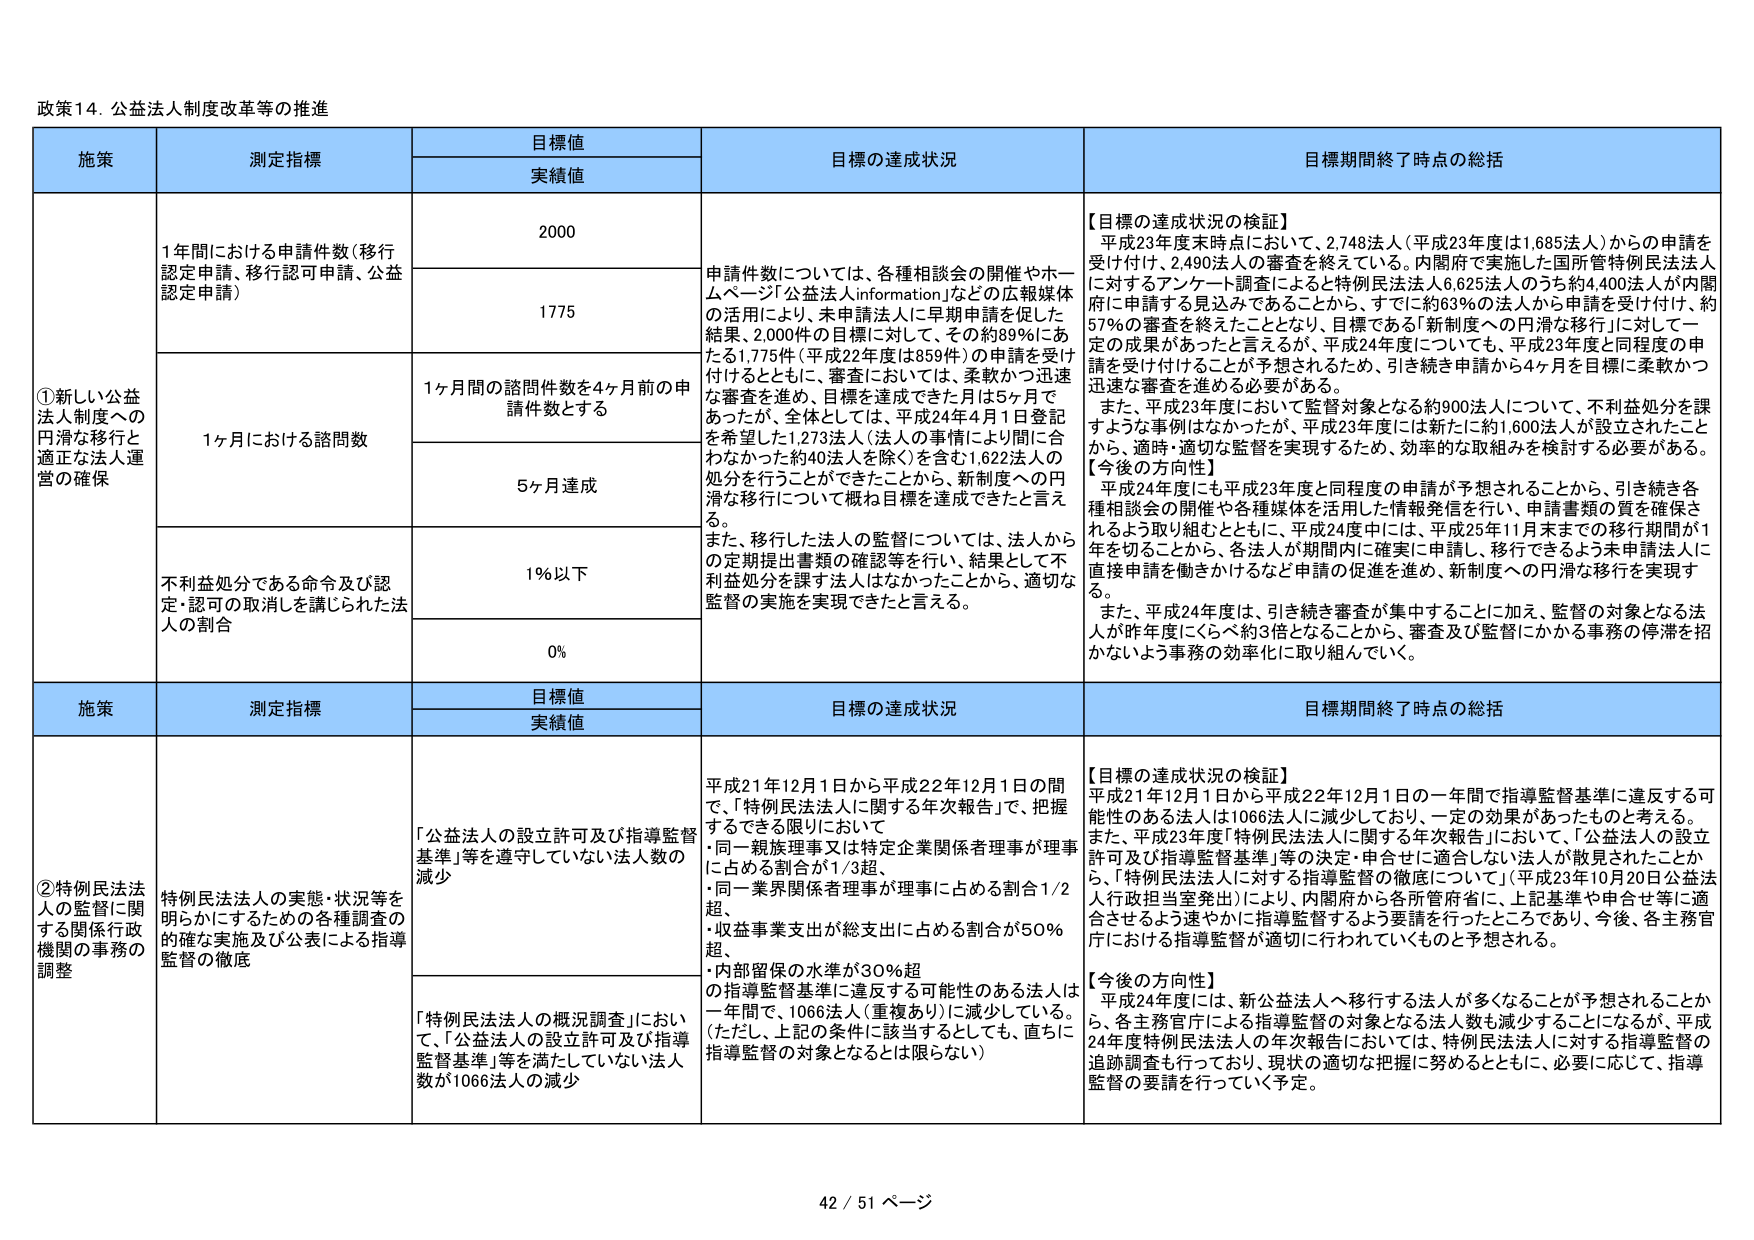
政策14．公益法人制度改革等の推進

施策 測定指標 目標値 実績値 目標の達成状況 目標期間終了時点の総括

①新しい公益法人制度への円滑な移行と適正な法人運営の確保

1年間における申請件数（移行認定申請、移行認可申請、公益認定申請） 2000 申請件数については、各種相談会の開催やホームページ「公益法人information」などの広報媒体の活用により、未申請法人に早期申請を促した結果、2000件の目標に対して、その約89％にあたる1,775件（平成22年度は859件）の申請を受け付けるとともに、審査においては、柔軟かつ迅速な審査を進め、目標を達成できた月は5ヶ月であったが、全体としては、平成24年4月1日登記を希望した1,273法人（法人の事情により間に合わなかった約40法人を除く）を含む1,622法人の処分を行うことができたことから、新制度への円滑な移行について概ね目標を達成できたと言える。また、移行した法人の監督については、法人からの定期提出書類の確認等を行い、結果として不利益処分を課す法人はなかったことから、適切な監督の実施を実現できたと言える。 【目標の達成状況の検証】 平成23年度末時点において、2,748法人（平成23年度は1,685法人）からの申請を受け付けて、2,490法人の審査を終えている。内閣府で実施した国所管特例民法法人に対するアンケート調査によると特例民法法人6,625法人のうち約4,400法人が内閣府に申請する見込みであることから、すでに約63％の法人から申請を受け付け、約57％の審査を終えたこととなり、目標である「新制度への円滑な移行」に対して一定の成果があったと言えるが、平成24年度についても、平成23年度と同程度の申請を受け付けることが予想されるため、引き続き申請から4ヶ月を目標に柔軟かつ迅速な審査を進める必要がある。 また、平成23年度において、監督対象となる約900法人について、不利益処分を課すような事例はなかったが、平成23年度には新たに約1,600法人が設立されたことから、適時・適切な監督を実現するため、効率的な取組みを検討する必要がある。 【今後の方向性】 平成24年度にも平成23年度と同程度の申請が予想されることから、引き続き各種相談会の開催や各種媒体を活用した情報発信を行い、申請書類の質を確保されるよう取り組むとともに、平成24年度中には、平成25年11月末までの移行期間が1年を切ることから、各法人が期間内に確実に申請し、移行できるよう未申請法人に直接申請を働きかけるなど申請の促進を進め、新制度への円滑な移行を実現する。 また、平成24年度は、引き続き審査が集中することに加え、監督の対象となる法人が昨年度に比べ約3倍となることから、審査及び監督にかかる事務の停滞を招かないよう事務の効率化に取り組んでいく。

1ヶ月における諮問数 1ヶ月間の諮問件数を4ヶ月前の申請件数とする 5ヶ月達成

不利益処分である命令及び認定・認可の取消しを講じられた法人の割合 1％以下 0％

施策 測定指標 目標値 実績値 目標の達成状況 目標期間終了時点の総括

②特例民法法人の監督に関する関係行政機関の事務の調整

特例民法法人の実態・状況等を明らかにするための各種調査の的確な実施及び公表による指導監督の徹底 「公益法人の設立許可及び指導監督基準」等を遵守していない法人数の減少 平成21年12月1日から平成22年12月1日の間で、「特例民法法人に関する年次報告」で、把握するできる限りにおいて ・同一親族理事又は特定企業関係者理事が理事に占める割合が1/3超、 ・同一業界関係者理事が理事に占める割合1/2超、 ・収益事業支出が総支出に占める割合が50％超、 ・内部留保の水準が30％超 の指導監督基準に違反する可能性のある法人は一年間で、1066法人（重複あり）に減少している。（ただし、上記の条件に該当するとしても、直ちに指導監督の対象となるとは限らない） 【目標の達成状況の検証】 平成21年12月1日から平成22年12月1日の一年間で指導監督基準に違反する可能性のある法人は1066法人に減少しており、一定の効果があったものと考える。また、平成23年度「特例民法法人に関する年次報告」において、「公益法人の設立許可及び指導監督基準」等の決定・申告せに適合しない法人が散見されたことから、「特例民法法人に対する指導監督の徹底について」（平成23年10月20日公益法人行政担当室発出）により、内閣府から各所管府省に、上記基準や申告せ等に適合させるよう速やかに指導監督するよう要請を行ったところであり、今後、各主務官庁における指導監督が適切に行われていくものと予想される。 【今後の方向性】 平成24年度には、新公益法人へ移行する法人が多くなることが予想されることから、各主務官庁による指導監督の対象となる法人数も減少することになるが、平成24年度特例民法法人の年次報告においては、特例民法法人に対する指導監督の追跡調査も行っており、現状の適切な把握に努めるとともに、必要に応じて、指導監督の要請を行っていく予定。

「特例民法法人の概況調査」において、「公益法人の設立許可及び指導監督基準」等を満たしていない法人数が1066法人の減少

42 / 51 ページ